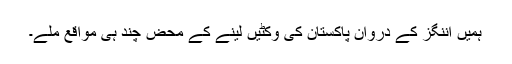
ہمیں اننگز کے دروان پاکستان کی وکٹیں لینے کے محض چند ہی مواقع ملے۔